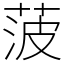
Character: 菠